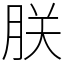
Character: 朕